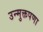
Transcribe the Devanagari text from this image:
उन्मुक्तपणा